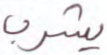
يشرب